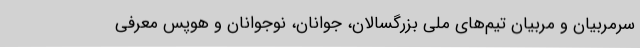
سرمربیان و مربیان تیم‌های ملی بزرگسالان، جوانان، نوجوانان و هوپس معرفی